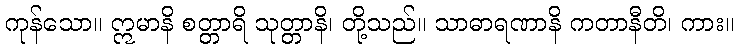
ကုန်သော။ ဣမာနိ စတ္တာရိ သုတ္တာနိ၊ တို့သည်။ သာဓာရဏာနိ ကတာနီတိ၊ ကား။